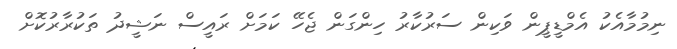
ނިމުމާއެކު އެމްޑީޕީން ވަކިން ސަރުކާރު ހިންގަން ޖެހޭ ކަމަށް ރައީސް ނަޝީދު ތަކުރާރުކޮށް